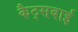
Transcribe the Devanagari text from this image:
कैट्सबाई